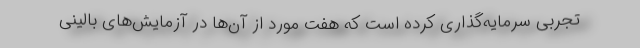
تجربی سرمایه‌گذاری کرده است که هفت مورد از آن‌ها در آزمایش‌های بالینی